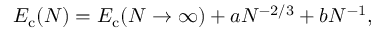
E _ { \mathrm { c } } ( N ) = E _ { \mathrm { c } } ( N \rightarrow \infty ) + a N ^ { - 2 / 3 } + b N ^ { - 1 } ,